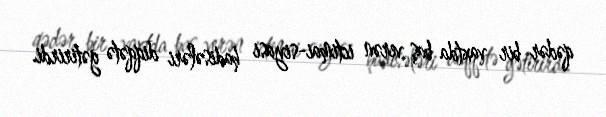
qədər bir vaxtda baş verən ictimai-siyasi hadisələri diqqətə gətirirdi.